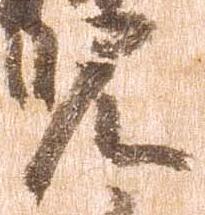
児